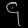
Digit: ၄